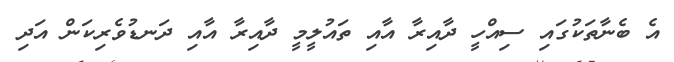
އެ ބެނާތަކުގައި ސިއްހީ ދާއިރާ އާއި ތައުލީމީ ދާއިރާ އާއި ދަނޑުވެރިކަން އަދި